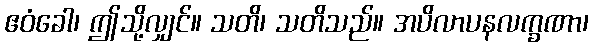
ဧဝံခေါ၊ ဤသို့လျှင်။ သတိ၊ သတိသည်။ အပိလာပနလက္ခဏာ၊